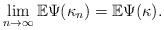
LaTeX: \begin{align*}\lim_{n\to\infty}\mathbb E \Psi(\kappa_n)=\mathbb E \Psi(\kappa).\end{align*}